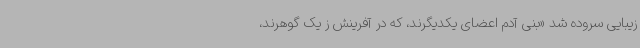
زیبایی سروده شد «بنی آدم اعضای یکدیگرند، که در آفرینش ز یک گوهرند،